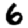
Digit: 6